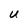
Character: U